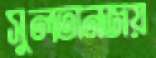
সুলতানজয়